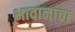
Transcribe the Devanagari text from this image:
भावानाचा